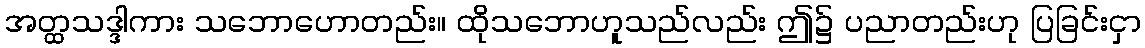
အတ္ထသဒ္ဒါကား သဘောဟောတည်း။ ထိုသဘောဟူသည်လည်း ဤ၌ ပညာတည်းဟု ပြခြင်းငှာ